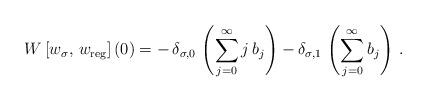
LaTeX: \begin{align*}W\left[w_\sigma,\,w_{\rm reg}\right](0)=-\,\delta_{\sigma,0}\,\left(\sum_{j=0}^\infty j\,b_j\right) - \delta_{\sigma,1}\,\left(\sum_{j=0}^\infty b_j\right)\,. \end{align*}